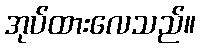
အုပ်ထားလေသည်။